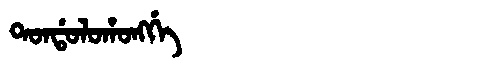
Manchu: ᡨᠣᠨᡩᠣᠯᠣᡥᠣᠩᡤᡝ
Romanization: TONDOLOHONGGE